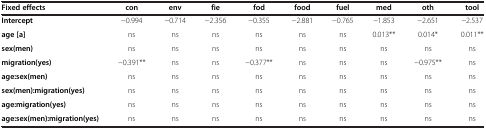
<table><thead><tr><td><b>Fixed effects</b></td><td><b>con</b></td><td><b>env</b></td><td><b>fie</b></td><td><b>fod</b></td><td><b>food</b></td><td><b>fuel</b></td><td><b>med</b></td><td><b>oth</b></td><td><b>tool</b></td></tr></thead><tbody><tr><td><b>Intercept</b></td><td>−0.994</td><td>−0.714</td><td>−2.356</td><td>−0.355</td><td>−2.881</td><td>−0.765</td><td>−1.853</td><td>−2.651</td><td>−2.537</td></tr><tr><td><b>age [a]</b></td><td>ns</td><td>ns</td><td>ns</td><td>ns</td><td>ns</td><td>ns</td><td>0.013**</td><td>0.014*</td><td>0.011**</td></tr><tr><td><b>sex(men)</b></td><td>ns</td><td>ns</td><td>ns</td><td>ns</td><td>ns</td><td>ns</td><td>ns</td><td>ns</td><td>ns</td></tr><tr><td><b>migration(yes)</b></td><td>−0.391**</td><td>ns</td><td>ns</td><td>−0.377**</td><td>ns</td><td>ns</td><td>ns</td><td>−0.975**</td><td>ns</td></tr><tr><td><b>age:sex(men)</b></td><td>ns</td><td>ns</td><td>ns</td><td>ns</td><td>ns</td><td>ns</td><td>ns</td><td>ns</td><td>ns</td></tr><tr><td><b>sex(men):migration(yes)</b></td><td>ns</td><td>ns</td><td>ns</td><td>ns</td><td>ns</td><td>ns</td><td>ns</td><td>ns</td><td>ns</td></tr><tr><td><b>age:migration(yes)</b></td><td>ns</td><td>ns</td><td>ns</td><td>ns</td><td>ns</td><td>ns</td><td>ns</td><td>ns</td><td>ns</td></tr><tr><td><b>age:sex(men):migration(yes)</b></td><td>ns</td><td>ns</td><td>ns</td><td>ns</td><td>ns</td><td>ns</td><td>ns</td><td>ns</td><td>ns</td></tr></tbody></table>